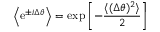
\Big \langle \mathrm { e } ^ { \pm i \Delta \theta } \Big \rangle = \mathrm { e x p } \left[ - { \frac { \langle ( \Delta \theta ) ^ { 2 } \rangle } { 2 } } \right]